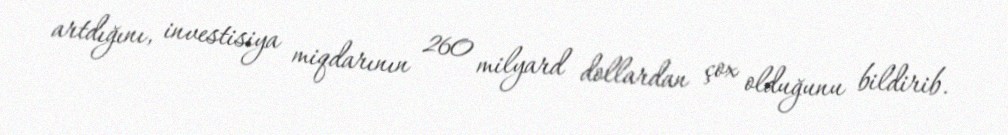
artdığını, investisiya miqdarının 260 milyard dollardan çox olduğunu bildirib.